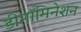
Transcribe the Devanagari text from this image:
डीनॉमिनेशन